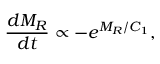
\frac { d M _ { R } } { d t } \propto - e ^ { M _ { R } / C _ { 1 } } ,